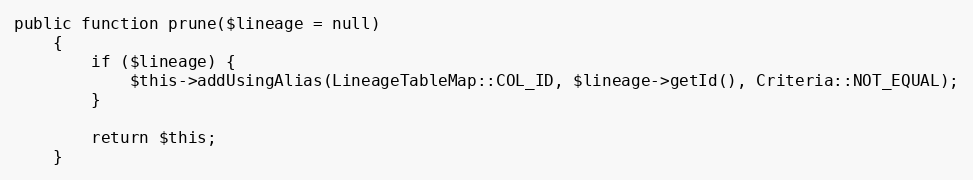
Language: PHP
public function prune($lineage = null)
    {
        if ($lineage) {
            $this->addUsingAlias(LineageTableMap::COL_ID, $lineage->getId(), Criteria::NOT_EQUAL);
        }

        return $this;
    }